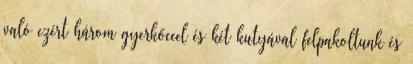
való ezért három gyerkőccel és két kutyával felpakoltunk és